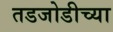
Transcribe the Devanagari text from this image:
तडजोडीच्या